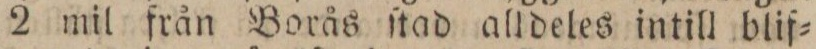
2 mil från Borås ſtad alldeles intill blif=